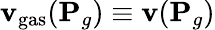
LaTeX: {\mathbf{v}}_{\mathrm{gas}}({\mathbf{P}}_{g})\equiv{\mathbf{v}}({\mathbf{P}}_{g})